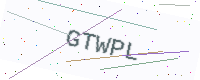
Text: GTWPL